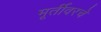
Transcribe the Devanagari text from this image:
मूर्तीवरचे